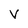
Character: V